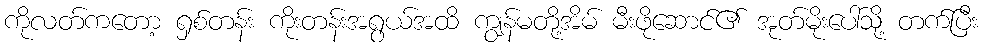
ကိုလတ်ကတော့ ရှစ်တန်း ကိုးတန်းအရွယ်အထိ ကျွန်မတို့အိမ် မီးဖိုဆောင်၏ အုတ်မိုးပေါ်သို့ တက်ပြီး